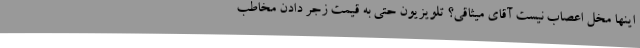
اینها مخل اعصاب نیست آقای میثاقی؟ تلویزیون حتی به قیمت زجر دادن مخاطب